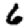
Digit: 6